Scottish Leaving Certificate Examination, 1961
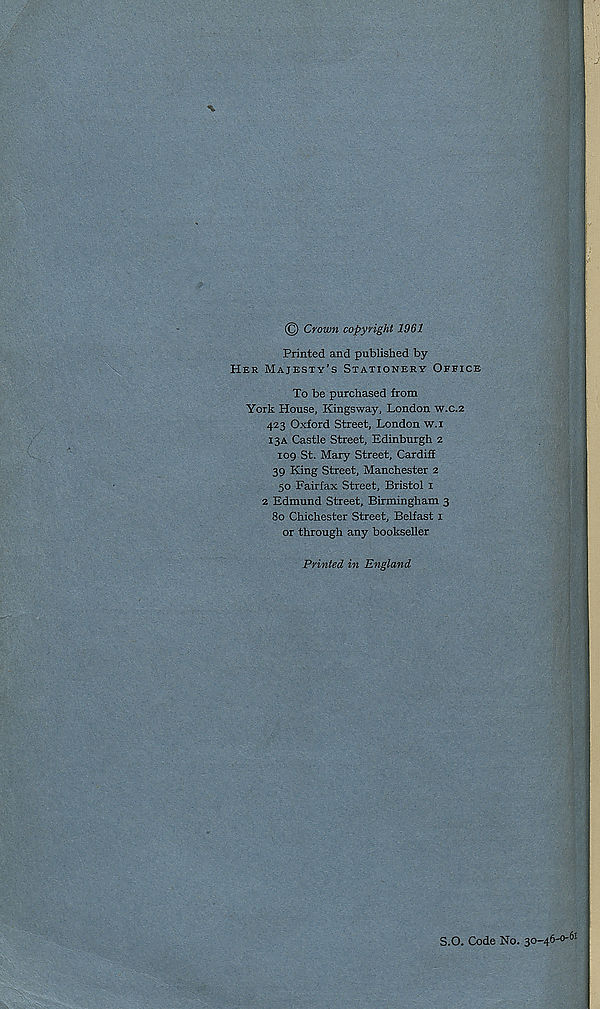
© Crown copyright 1961
Printed and published by
Her Majesty’s Stationery Office
To be purchased from
York House, Kingsway, London w.c.2
423 Oxford Street, London w.i
13A Castle Street, Edinburgh 2
109 St. Mary Street, Cardiff
39 King Street, Manchester 2
50 Fairfax Street, Bristol 1
2 Edmund Street, Birmingham 3
80 Chichester Street, Belfast 1
or through any bookseller
Printed in England
S.O. Code No. 30-46-0- 61